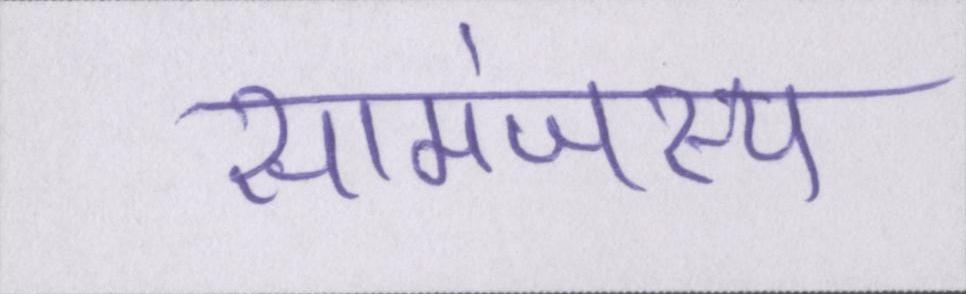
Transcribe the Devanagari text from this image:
सामंजस्य